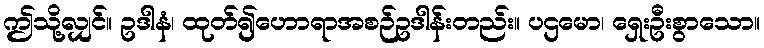
ဤသို့လျှင်။ ဥဒါနံ၊ ထုတ်၍ဟောရာအစဉ်ဥဒါန်းတည်း။ ပဌမော၊ ရှေးဦးစွာသော။